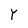
Character: Y